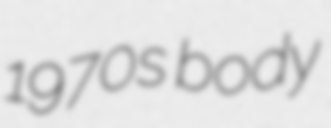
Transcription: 1970s body